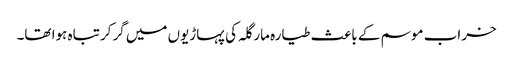
خراب موسم کے باعث طیارہ مارگلہ کی پہاڑیوں میں گرکر تباہ ہوا تھا۔